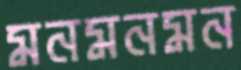
মনমনমন